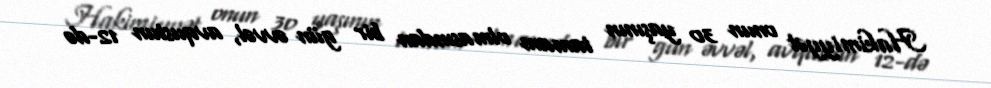
Hakimiyyət onun 30 yaşının tamam olmasından bir gün əvvəl, avqustun 12-də